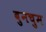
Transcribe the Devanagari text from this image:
बुनचुम